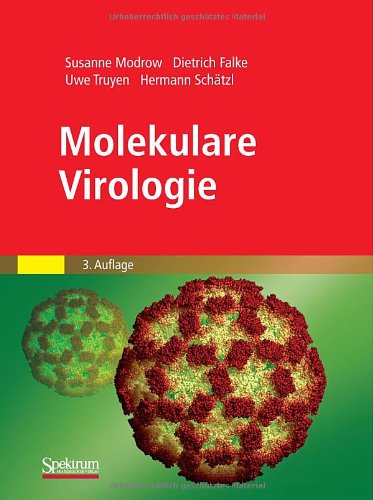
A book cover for Molekulare Virologie (German Edition); Susanne Modrow; Medical Books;